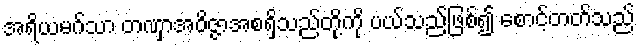
အရိယမဂ်သာ တဏှာအဝိဇ္ဇာအစရှိသည်တို့ကို ပယ်သည်ဖြစ်၍ စောင့်တတ်သည်